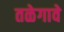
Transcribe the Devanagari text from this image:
तळेगावे